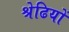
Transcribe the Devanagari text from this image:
श्रेढियों